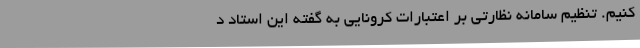
کنیم. تنظیم سامانه نظارتی بر اعتبارات کرونایی به گفته این استاد د